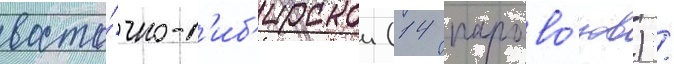
восто́чно-с'иб'ирскои (14 парово́зов) /